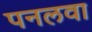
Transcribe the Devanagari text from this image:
पनलवा